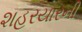
શહરયારની